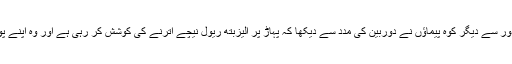
ان کے درست مقام کے بارے ميں اس وقت پتا چلا، جب دور سے ديگر کوہ پيماؤں نے دوربين کی مدد سے ديکھا کہ پہاڑ پر الیزبتھ ريول نيچے اترنے کی کوشش کر رہی ہے اور وہ اپنے پولش ساتھی کی مدد کر رہی ہے، جو بظاہر تکلیف ميں تھا۔